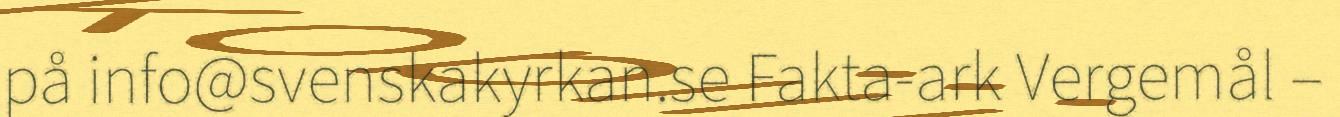
på info@svenskakyrkan.se Fakta-ark Vergemål –